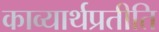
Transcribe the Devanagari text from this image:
काव्यार्थप्रतीति